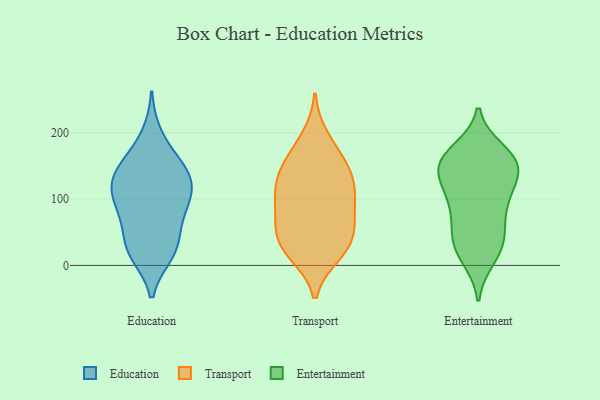
{"axis": {"x": "Temperature (°C)", "y": "Value"}, "legend": ["Education", "Entertainment", "Transport"], "data": [{"x": "", "y": 145, "type": "Education"}, {"x": "", "y": 126, "type": "Education"}, {"x": "", "y": 153, "type": "Education"}, {"x": "", "y": 134, "type": "Education"}, {"x": "", "y": 87, "type": "Education"}, {"x": "", "y": 105, "type": "Education"}, {"x": "", "y": 67, "type": "Education"}, {"x": "", "y": 197, "type": "Education"}, {"x": "", "y": 159, "type": "Education"}, {"x": "", "y": 23, "type": "Education"}, {"x": "", "y": 17, "type": "Education"}, {"x": "", "y": 124, "type": "Education"}, {"x": "", "y": 61, "type": "Education"}, {"x": "", "y": 21, "type": "Education"}, {"x": "", "y": 100, "type": "Education"}, {"x": "", "y": 29, "type": "Education"}, {"x": "", "y": 105, "type": "Education"}, {"x": "", "y": 33, "type": "Transport"}, {"x": "", "y": 123, "type": "Transport"}, {"x": "", "y": 23, "type": "Transport"}, {"x": "", "y": 164, "type": "Transport"}, {"x": "", "y": 134, "type": "Transport"}, {"x": "", "y": 119, "type": "Transport"}, {"x": "", "y": 94, "type": "Transport"}, {"x": "", "y": 17, "type": "Transport"}, {"x": "", "y": 74, "type": "Transport"}, {"x": "", "y": 137, "type": "Transport"}, {"x": "", "y": 24, "type": "Transport"}, {"x": "", "y": 57, "type": "Transport"}, {"x": "", "y": 163, "type": "Transport"}, {"x": "", "y": 75, "type": "Transport"}, {"x": "", "y": 105, "type": "Transport"}, {"x": "", "y": 50, "type": "Transport"}, {"x": "", "y": 193, "type": "Transport"}, {"x": "", "y": 149, "type": "Entertainment"}, {"x": "", "y": 86, "type": "Entertainment"}, {"x": "", "y": 84, "type": "Entertainment"}, {"x": "", "y": 21, "type": "Entertainment"}, {"x": "", "y": 163, "type": "Entertainment"}, {"x": "", "y": 109, "type": "Entertainment"}, {"x": "", "y": 153, "type": "Entertainment"}, {"x": "", "y": 95, "type": "Entertainment"}, {"x": "", "y": 22, "type": "Entertainment"}, {"x": "", "y": 123, "type": "Entertainment"}, {"x": "", "y": 173, "type": "Entertainment"}, {"x": "", "y": 45, "type": "Entertainment"}, {"x": "", "y": 11, "type": "Entertainment"}, {"x": "", "y": 160, "type": "Entertainment"}, {"x": "", "y": 125, "type": "Entertainment"}, {"x": "", "y": 47, "type": "Entertainment"}, {"x": "", "y": 147, "type": "Entertainment"}, {"x": "", "y": 166, "type": "Entertainment"}, {"x": "", "y": 46, "type": "Entertainment"}, {"x": "", "y": 144, "type": "Entertainment"}]}